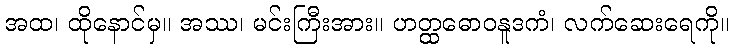
အထ၊ ထိုနောင်မှ။ အဿ၊ မင်းကြီးအား။ ဟတ္ထဓောဝနူဒကံ၊ လက်ဆေးရေကို။